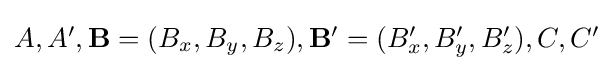
{\textstyle A,A',\mathbf {B} =(B_{x},B_{y},B_{z}),\mathbf {B} '=(B_{x}',B_{y}',B_{z}'),C,C'}